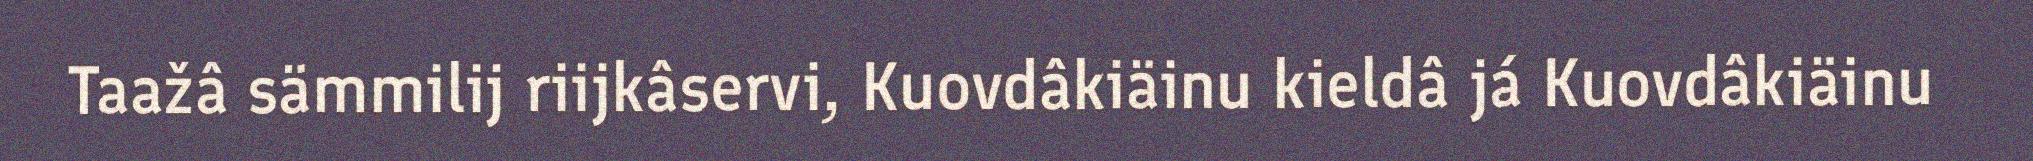
Taažâ sämmilij riijkâservi, Kuovdâkiäinu kieldâ já Kuovdâkiäinu